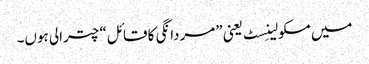
میں مسکولینِسٹ یعنی ”مردانگی کا قائل“ چترالی ہوں۔